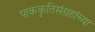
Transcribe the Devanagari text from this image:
पाककृतिसंग्रहांच्या